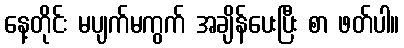
နေ့တိုင်း မပျက်မကွက် အချိန်ပေးပြီး စာ ဖတ်ပါ။